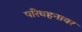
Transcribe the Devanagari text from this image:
परिवहनावर